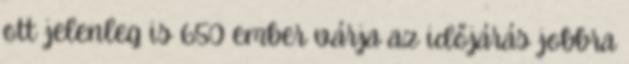
ott jelenleg is 650 ember várja az időjárás jobbra